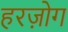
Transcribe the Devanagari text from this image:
हरज़ोग